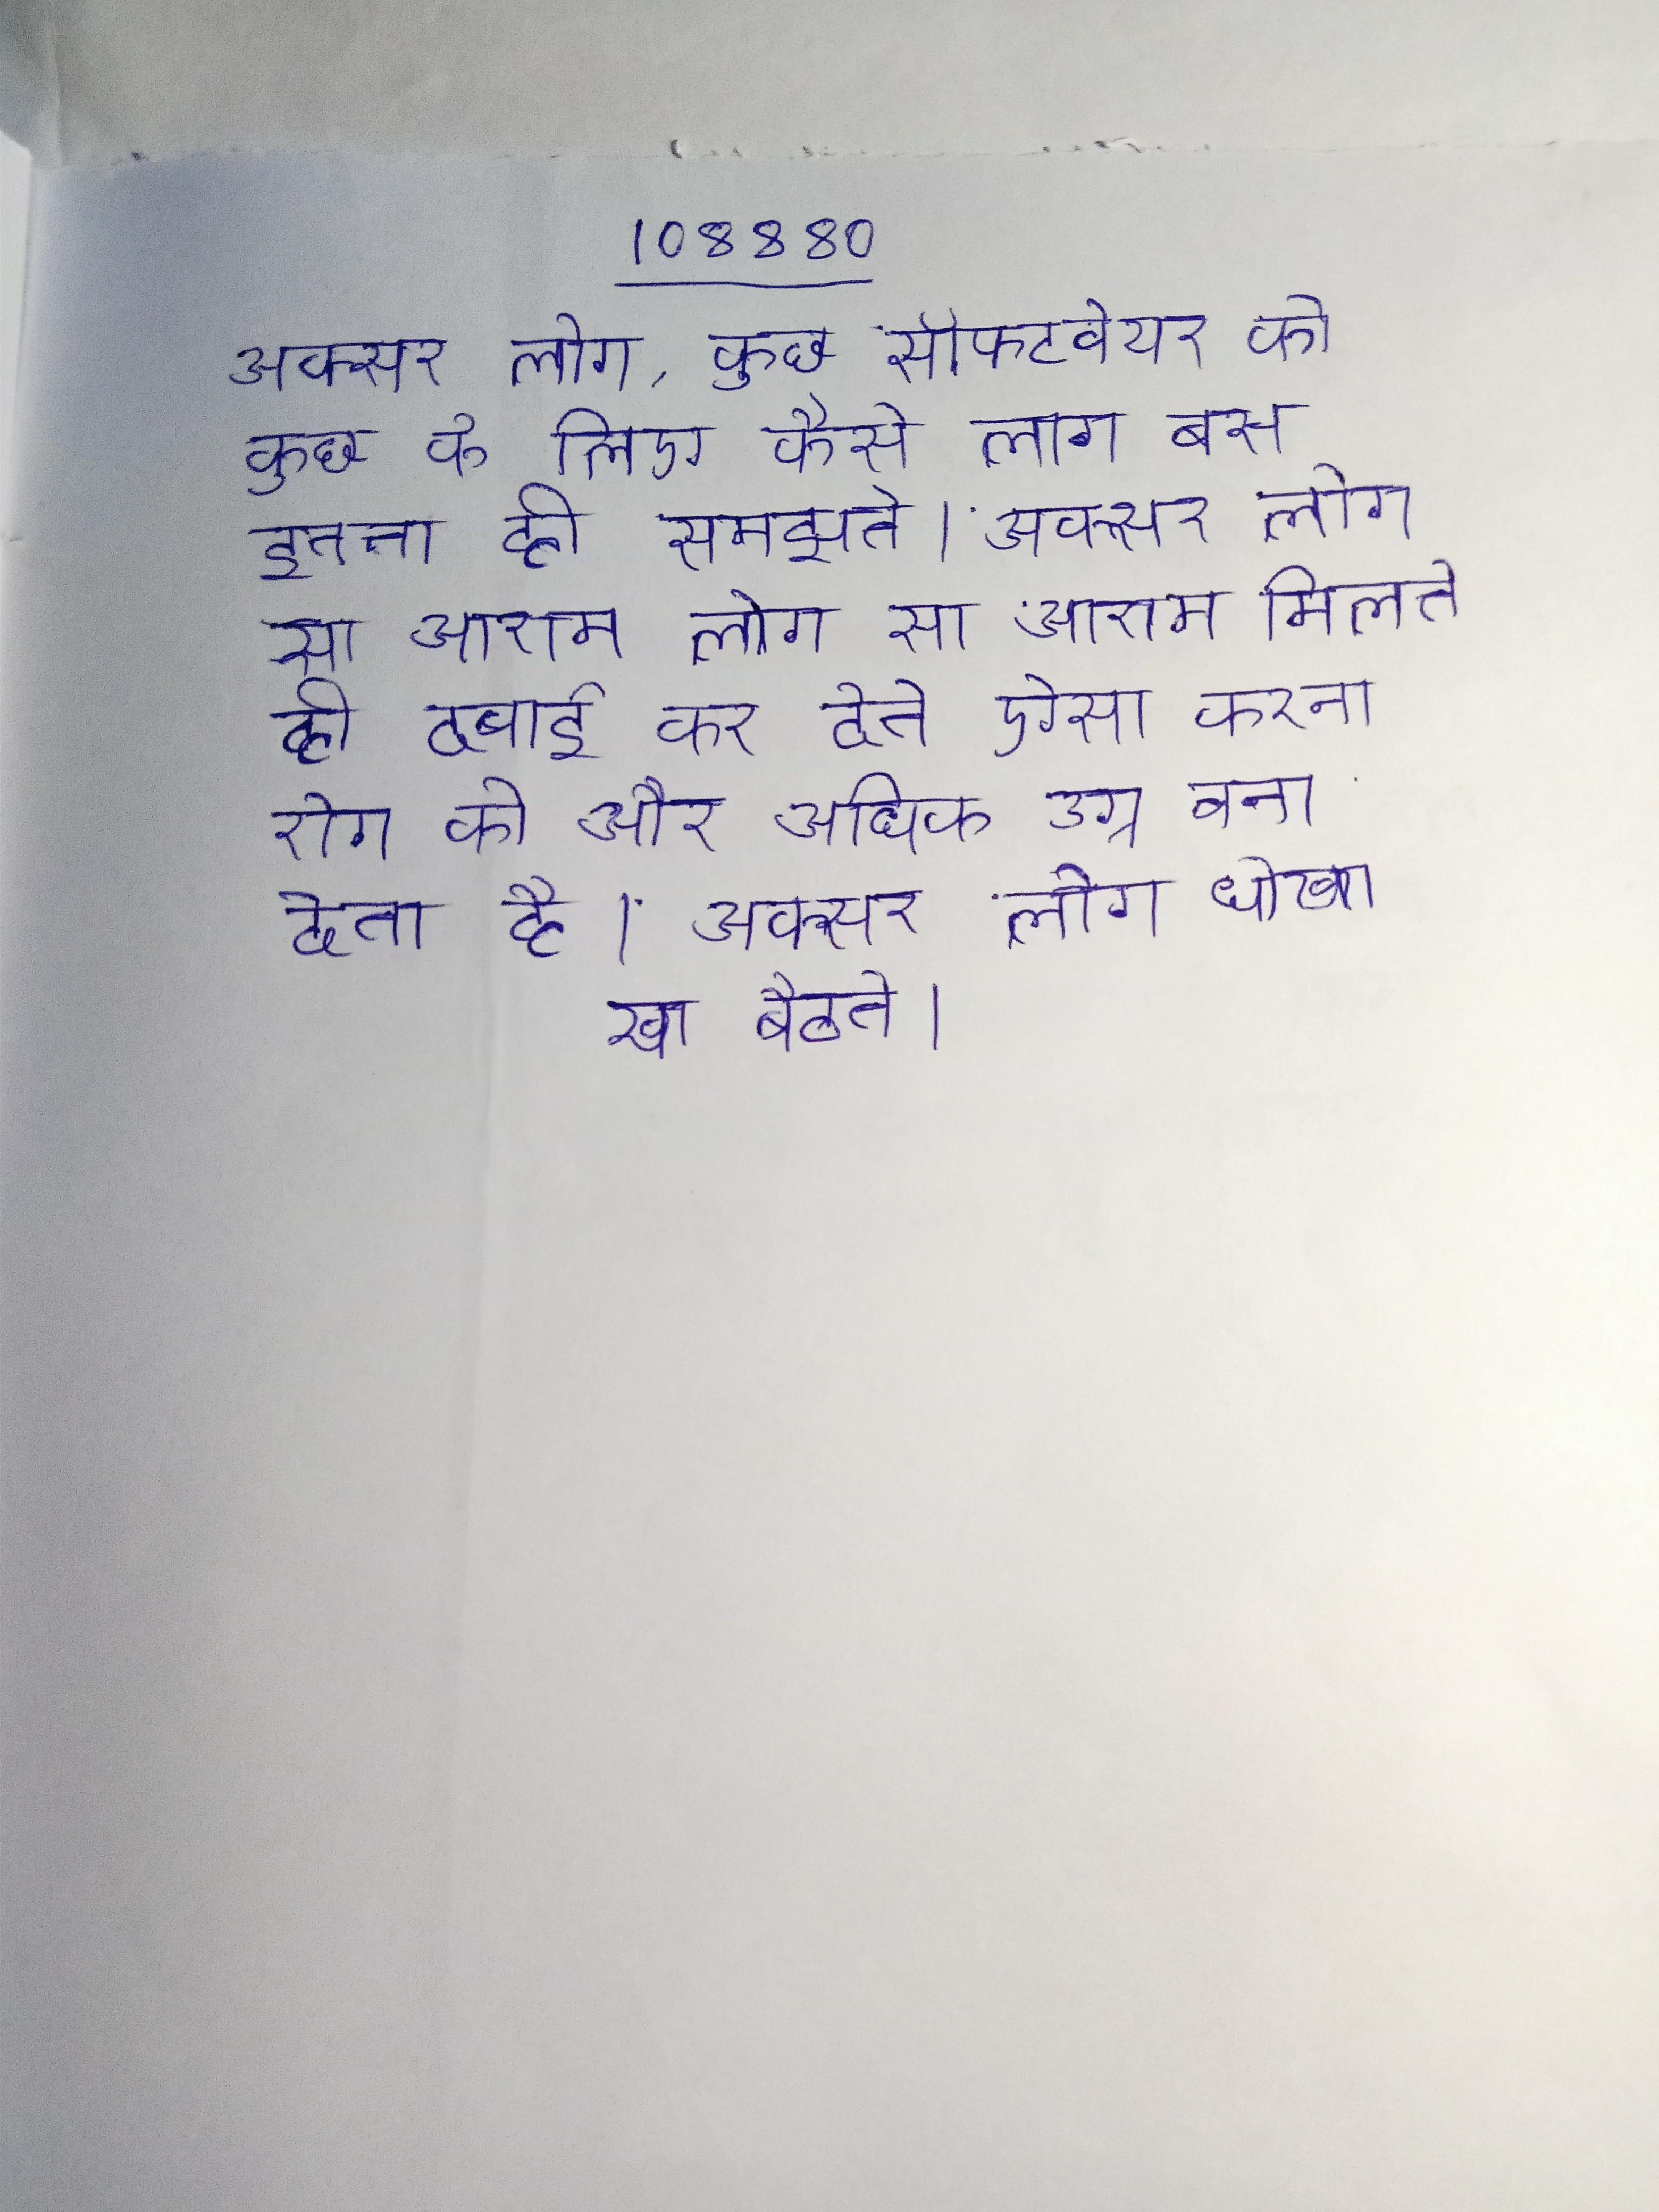
अक्सर लोग, कुछ सॉफ्टवेयर को कुछ के लिए कैसे लागू बस इतना ही समझते । अक्सर लोग सा आराम मिलते ही दवाई कर देते ऐसा करना रोग को और अधिक उग्र बना देता है । अक्सर लोग धोखा खा बैठते ।